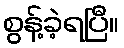
စွန့်ခဲ့ရပြီ။